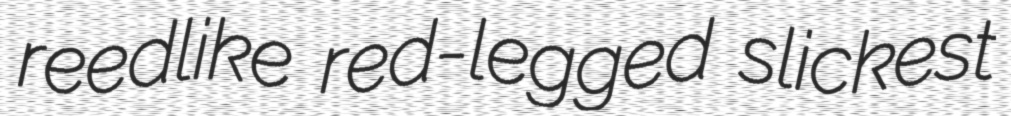
reedlike red-legged slickest